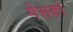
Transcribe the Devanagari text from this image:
मेसको